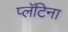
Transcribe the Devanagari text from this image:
प्लॅटिना